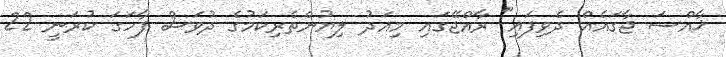
ޚާއްސަ ޖާގައެއް ދެވިފައި" ރާއްޖޭގައި މިއަދު ލިޔުންތެރިކަމުގެ ދުވަސް ފާހަގަ ކުރަނީ 22